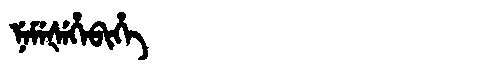
Manchu: ᠨᡝᠮᡝᡧᡝᡥᡝᠪᡳᡥᡝ
Romanization: NEMEŠEHEBIHE